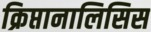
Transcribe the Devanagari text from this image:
क्रिप्तानालिसिस